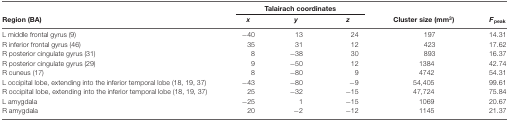
<table><thead><tr><td></td><td colspan="3"><b>Talairach coordinates</b></td><td></td><td></td></tr><tr><td><b>Region (BA)</b></td><td><b><i>x</i></b></td><td><b><i>y</i></b></td><td><b><i>z</i></b></td><td><b>Cluster size (mm<sup>3</sup>)</b></td><td><b><i>F</i><sub>peak</sub></b></td></tr></thead><tbody><tr><td>L middle frontal gyrus (9)</td><td>−40</td><td>13</td><td>24</td><td>197</td><td>14.31</td></tr><tr><td>R inferior frontal gyrus (46)</td><td>35</td><td>31</td><td>12</td><td>423</td><td>17.62</td></tr><tr><td>R posterior cingulate gyrus (31)</td><td>8</td><td>−38</td><td>30</td><td>893</td><td>16.37</td></tr><tr><td>R posterior cingulate gyrus (29)</td><td>9</td><td>−50</td><td>12</td><td>1384</td><td>42.74</td></tr><tr><td>R cuneus (17)</td><td>8</td><td>−80</td><td>9</td><td>4742</td><td>54.31</td></tr><tr><td>L occipital lobe, extending into the inferior temporal lobe (18, 19, 37)</td><td>−43</td><td>−80</td><td>−9</td><td>54,405</td><td>99.61</td></tr><tr><td>R occipital lobe, extending into the inferior temporal lobe (18, 19, 37)</td><td>25</td><td>−32</td><td>−15</td><td>47,724</td><td>75.84</td></tr><tr><td>L amygdala</td><td>−25</td><td>1</td><td>−15</td><td>1069</td><td>20.67</td></tr><tr><td>R amygdala</td><td>20</td><td>−2</td><td>−12</td><td>1145</td><td>21.37</td></tr></tbody></table>